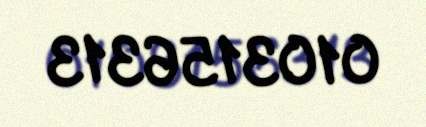
0103156313